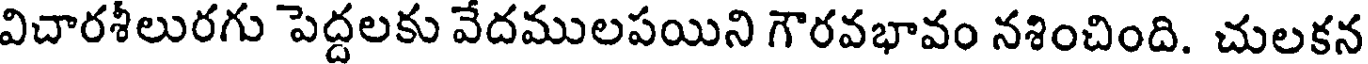
విచారశీలురగు పెద్దలకు వేదములపయిని గౌరవభావం నశించింది. చులకన